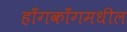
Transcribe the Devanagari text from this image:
हाँगकाँगमधील